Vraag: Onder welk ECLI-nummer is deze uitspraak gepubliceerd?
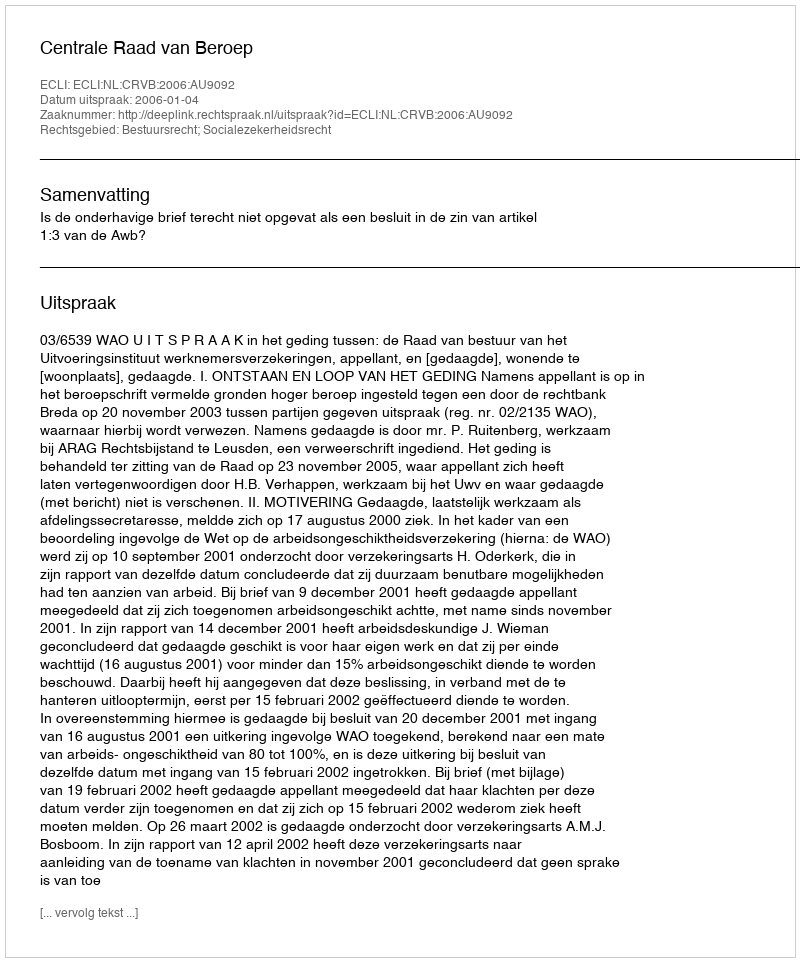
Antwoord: ECLI:NL:CRVB:2006:AU9092